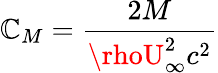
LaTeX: \mathbb{C}_{M}=\frac{{2M}}{{\rhoU_{\infty}^{2}c^{2}}}